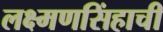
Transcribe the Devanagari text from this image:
लक्ष्मणसिंहाची